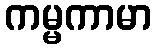
ကမ္မကာမာ